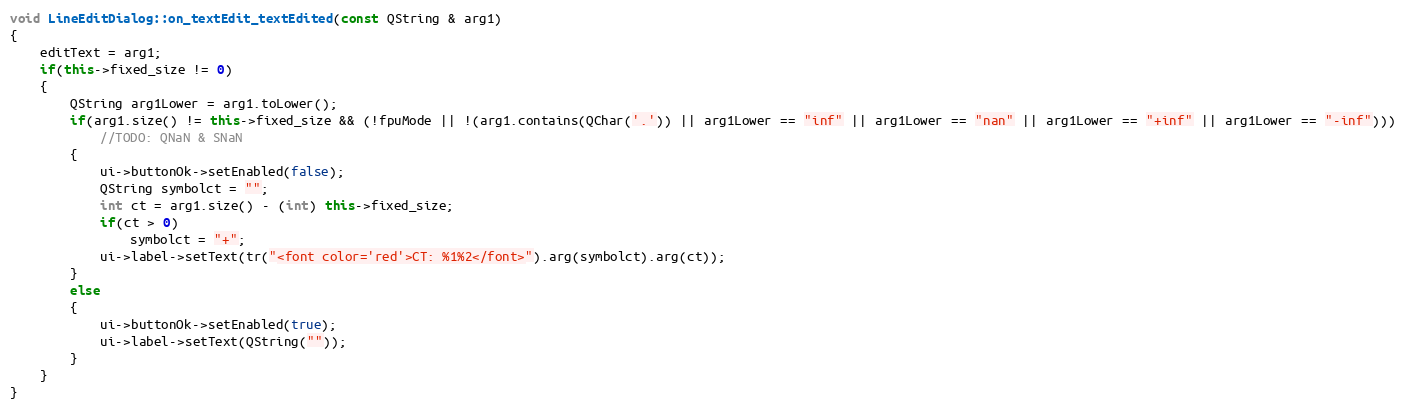
Language: C++
void LineEditDialog::on_textEdit_textEdited(const QString & arg1)
{
    editText = arg1;
    if(this->fixed_size != 0)
    {
        QString arg1Lower = arg1.toLower();
        if(arg1.size() != this->fixed_size && (!fpuMode || !(arg1.contains(QChar('.')) || arg1Lower == "inf" || arg1Lower == "nan" || arg1Lower == "+inf" || arg1Lower == "-inf")))
            //TODO: QNaN & SNaN
        {
            ui->buttonOk->setEnabled(false);
            QString symbolct = "";
            int ct = arg1.size() - (int) this->fixed_size;
            if(ct > 0)
                symbolct = "+";
            ui->label->setText(tr("<font color='red'>CT: %1%2</font>").arg(symbolct).arg(ct));
        }
        else
        {
            ui->buttonOk->setEnabled(true);
            ui->label->setText(QString(""));
        }
    }
}